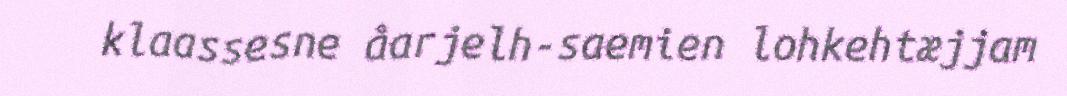
klaassesne åarjelh-saemien lohkehtæjjam